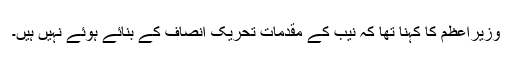
وزیراعظم کا کہنا تھا کہ نیب کے مقدمات تحریک انصاف کے بنائے ہوئے نہیں ہیں۔